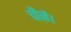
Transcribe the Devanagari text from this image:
चीज़ें।